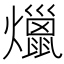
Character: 爉